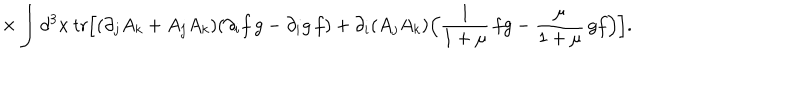
LaTeX: { \times } \int { d ^ { 3 } x \: \mathrm { t r } \Bigl [ ( \partial _ { j } A _ { k } + A _ { j } A _ { k } ) ( \partial _ { i } f \, g - \partial _ { i } g \, f ) + \partial _ { i } ( A _ { j } A _ { k } ) \Bigl ( \frac { 1 } { 1 + \mu } \, f g - \frac { \mu } { 1 + \mu } \, g f \Bigr ) \Bigr ] } .